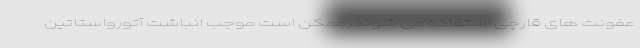
عفونت های قارچی استفاده می شوند، ممکن است موجب انباشت آتورواستاتین